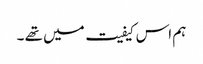
ہم اس کیفیت میں تھے ۔